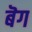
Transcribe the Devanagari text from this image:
बॆग